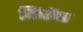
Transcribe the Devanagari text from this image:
बिंबोंपर